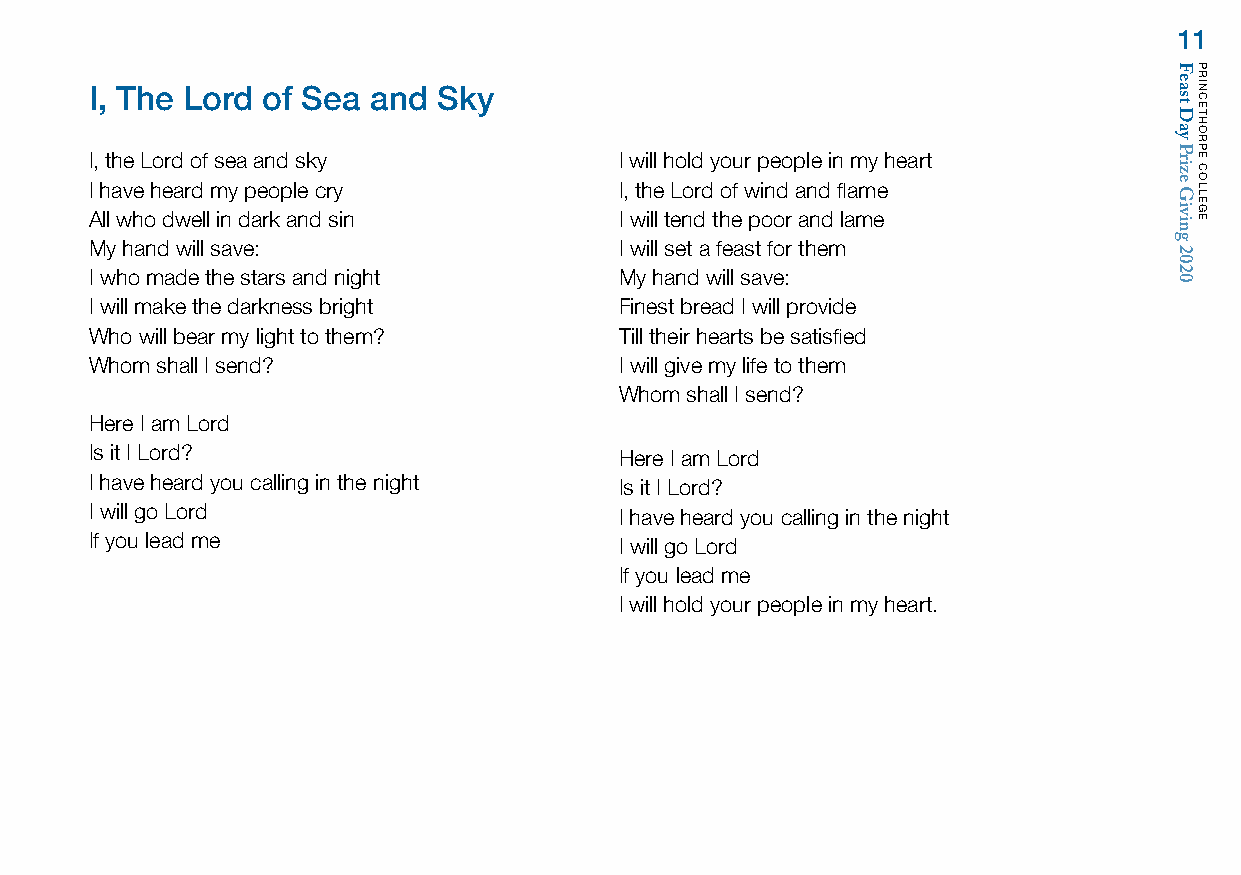
11
 I, The Lord of Sea and Sky
 I, the Lord of sea and sky         I will hold your people in my heart
 I have heard my people cry         I, the Lord of wind and flame
 All who dwell in dark and sin      I will tend the poor and lame
 My hand will save:                 I will set a feast for them
 I who made the stars and night     My hand will save:
 I will make the darkness bright    Finest bread I will provide
 Who will bear my light to them?    Till their hearts be satisfied
 Whom shall I send?                 I will give my life to them
 Whom shall I send?
 Here I am Lord
 Is it I Lord?                      Here I am Lord
 I have heard you calling in the night Is it I Lord?
 I will go Lord                     I have heard you calling in the night
 If you lead me                     I will go Lord
 If you lead me
 I will hold your people in my heart.
 Feast
 Day
 Prize
 Giving
 2020
 PRINCETHORPE
 COLLEGE